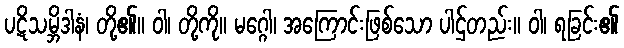
ပဋိသမ္ဘိဒါနံ၊ တို့၏။ ဝါ၊ တို့ကို။ မဂ္ဂေါ၊ အကြောင်းဖြစ်သော ပါဌ်တည်း။ ဝါ၊ ရခြင်း၏